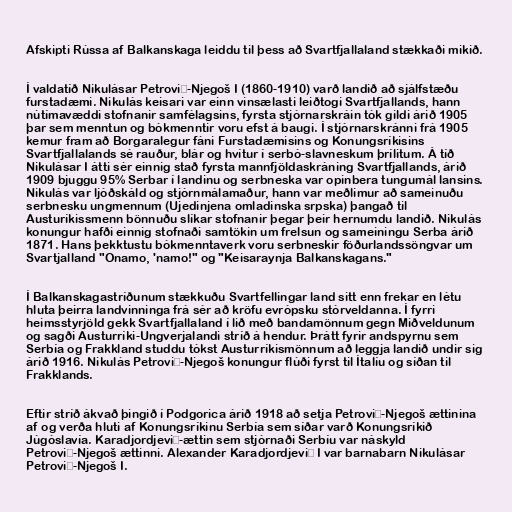
Afskipti Rússa af Balkanskaga leiddu til þess að Svartfjallaland stækkaði mikið.

Í valdatíð Nikulásar Petrović-Njegoš I (1860-1910) varð landið að sjálfstæðu
furstadæmi. Nikulás keisari var einn vinsælasti leiðtogi Svartfjallands, hann
nútímavæddi stofnanir samfélagsins, fyrsta stjórnarskráin tók gildi árið 1905
þar sem menntun og bókmenntir voru efst á baugi. Í stjórnarskránni frá 1905
kemur fram að Borgaralegur fáni Furstadæmisins og Konungsríkisins
Svartfjallalands sé rauður, blár og hvítur í serbó-slavneskum þrílitum. Á tíð
Nikulásar I átti sér einnig stað fyrsta mannfjöldaskráning Svartfjallands, árið
1909 bjuggu 95% Serbar í landinu og serbneska var opinbera tungumál lansins.
Nikulás var ljóðskáld og stjórnmálamaður, hann var meðlimur að sameinuðu
serbnesku ungmennum (Ujedinjena omladinska srpska) þangað til
Austuríkissmenn bönnuðu slíkar stofnanir þegar þeir hernumdu landið. Nikulás
konungur hafði einnig stofnaði samtökin um frelsun og sameiningu Serba árið
1871. Hans þekktustu bókmenntaverk voru serbneskir föðurlandssöngvar um
Svartjalland "Onamo, 'namo!" og "Keisaraynja Balkanskagans."

Í Balkanskagastríðunum stækkuðu Svartfellingar land sitt enn frekar en létu
hluta þeirra landvinninga frá sér að kröfu evrópsku stórveldanna. Í fyrri
heimsstyrjöld gekk Svartfjallaland í lið með bandamönnum gegn Miðveldunum
og sagði Austurríki-Ungverjalandi stríð á hendur. Þrátt fyrir andspyrnu sem
Serbía og Frakkland studdu tókst Austurríkismönnum að leggja landið undir sig
árið 1916. Nikulás Petrović-Njegoš konungur flúði fyrst til Ítalíu og síðan til
Frakklands.

Eftir stríð ákvað þingið í Podgorica árið 1918 að setja Petrović-Njegoš ættinina
af og verða hluti af Konungsríkinu Serbía sem síðar varð Konungsríkið
Júgóslavía. Karadjordjević-ættin sem stjórnaði Serbíu var náskyld
Petrović-Njegoš ættinni. Alexander Karadjordjević I var barnabarn Nikulásar
Petrović-Njegoš I.